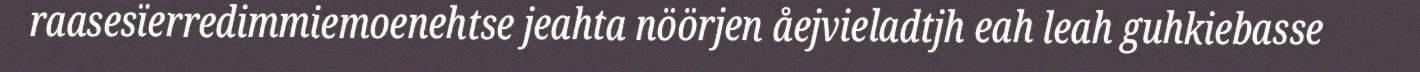
raasesïerredimmiemoenehtse jeahta nöörjen åejvieladtjh eah leah guhkiebasse